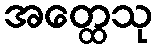
အတ္ထေသု